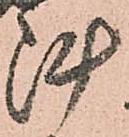
陣